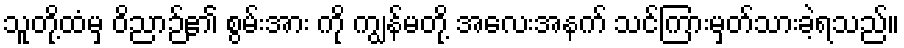
သူတို့ထံမှ ဝိညာဉ်၏ စွမ်းအား ကို ကျွန်မတို့ အလေးအနက် သင်ကြားမှတ်သားခဲ့ရသည်။